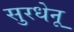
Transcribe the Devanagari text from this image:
सुरधेनू